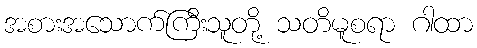
အစားအသောက်ကြီးသူတို့ သတိမူစရာ ဂါထာ